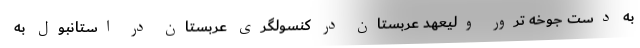
به دست جوخه ترور ولیعهد عربستان در کنسولگری عربستان در استانبول به